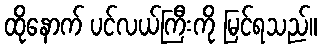
ထိုနောက် ပင်လယ်ကြီးကို မြင်ရသည်။